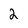
Character: 2